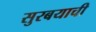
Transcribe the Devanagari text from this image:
सुरबयाची